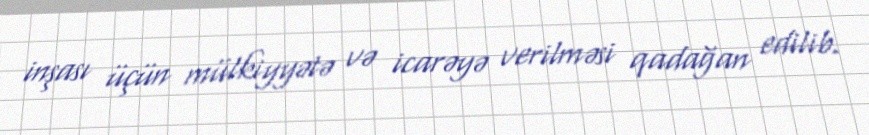
inşası üçün mülkiyyətə və icarəyə verilməsi qadağan edilib.